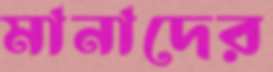
মানাদের